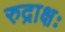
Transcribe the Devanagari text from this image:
रुद्राक्षः